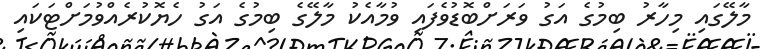
މާލޭގައި މިހާރު ބިމުގެ އަގު ވަރަށްބޮޑުވެފައި ވުމާއެކު މާލޭގެ ބިމުގެ އަގު ހެޔޮކުރެއްވުމަށްޓަކައި